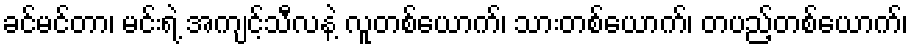
ခင်မင်တာ၊ မင်းရဲ့ အကျင့်သီလနဲ့ လူတစ်ယောက်၊ သားတစ်ယောက်၊ တပည့်တစ်ယောက်၊